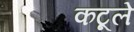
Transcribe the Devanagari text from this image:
कटूले